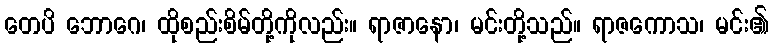
တေပိ ဘောဂေ၊ ထိုစည်းစိမ်တို့ကိုလည်း။ ရာဇာနော၊ မင်းတို့သည်။ ရာဇကောသ၊ မင်း၏